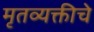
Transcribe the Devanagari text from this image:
मृतव्यक्तीचे